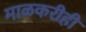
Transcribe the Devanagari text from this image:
माळकरीही